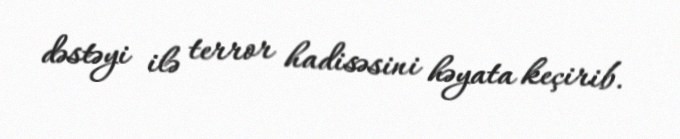
dəstəyi ilə terror hadisəsini həyata keçirib.